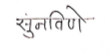
मजकूर: सुनविणे